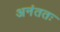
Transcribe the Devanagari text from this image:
अनंततः